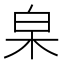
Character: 𣐩